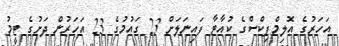
އަހަރުގެ އޮލިމްޕިކްސްގެ ކުއާޓާ ފައިނަލަށް 23 ގައުމުގެ 23 އަހަރުން ދަށުގެ ޓީމު